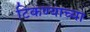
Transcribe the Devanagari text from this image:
टिकण्याच्या